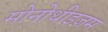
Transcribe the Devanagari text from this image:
मोनोथीइज़म